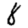
Digit: 8